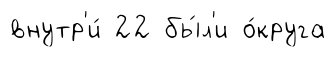
внутр'и́ 22 бы́л'и о́круга